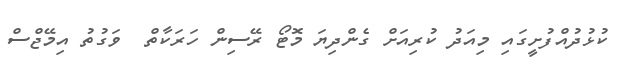
ކުޅުދުއްފުށީގައި މިއަދު ކުރިއަށް ގެންދިޔަ މޮޓޯ ރޭސިން ހަރަކާތް  ވަގުތު އިމޭޖްސް